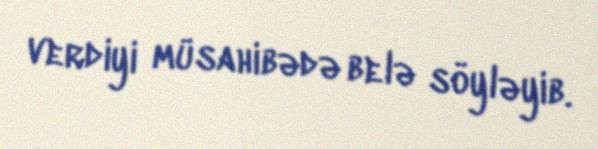
verdiyi müsahibədə belə söyləyib.